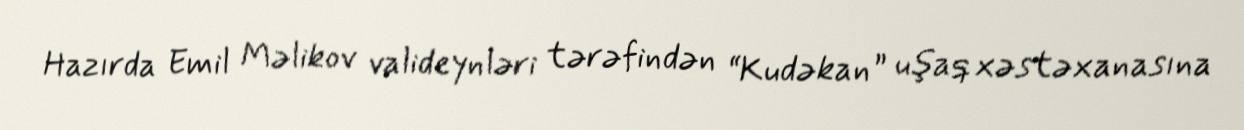
Hazırda Emil Məlikov valideynləri tərəfindən “Kudəkan” uşaq xəstəxanasına